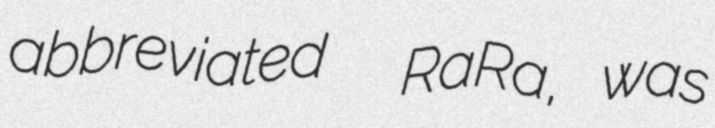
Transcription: abbreviated  RaRa, was